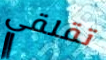
تقلقي